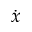
\dot { x }